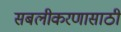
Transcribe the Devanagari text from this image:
सबलीकरणासाठी